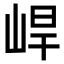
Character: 𡷛